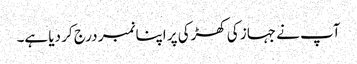
آپ نے جہاز کی کھڑکی پر اپنا نمبر درج کر دیا ہے۔